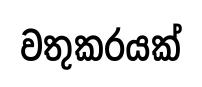
වතුකරයක්